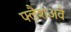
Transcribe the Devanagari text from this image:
फ्लैशअवे